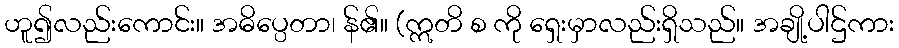
ဟူ၍လည်းကောင်း။ အဓိပ္ပေတာ၊ န်၏။ (ဣတိ စ ကို ရှေးမှာလည်းရှိသည်။ အချို့ပါဌ်ကား